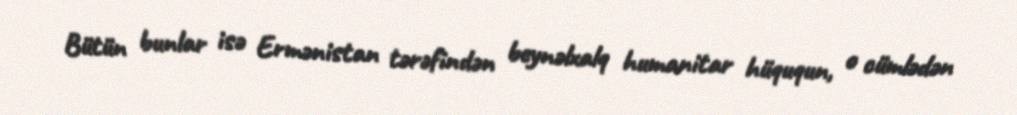
Bütün bunlar isə Ermənistan tərəfindən beynəlxalq humanitar hüququn, o cümlədən